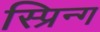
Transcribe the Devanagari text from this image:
स्प्रिन्ग